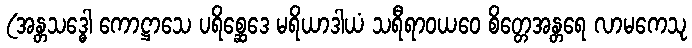
(အန္တသဒ္ဓေါ ကောဋ္ဌာသေ ပရိစ္ဆေဒေ မရိယာဒါယံ သရီရာဝယဝေ စိတ္တေအန္တရေ လာမကေသု